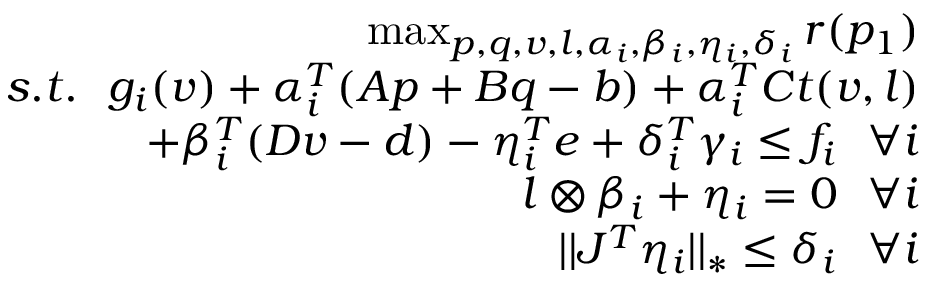
\begin{array} { r } { \operatorname* { m a x } _ { p , q , v , l , \alpha _ { i } , \beta _ { i } , \eta _ { i } , \delta _ { i } } { r ( p _ { 1 } ) } } \\ { s . t . ~ ~ g _ { i } ( v ) + \alpha _ { i } ^ { T } ( A p + B q - b ) + \alpha _ { i } ^ { T } C t ( v , l ) } \\ { + \beta _ { i } ^ { T } ( D v - d ) - \eta _ { i } ^ { T } e + \delta _ { i } ^ { T } \gamma _ { i } \le f _ { i } ~ ~ \forall i } \\ { l \otimes \beta _ { i } + \eta _ { i } = 0 ~ ~ \forall i } \\ { | | J ^ { T } \eta _ { i } | | _ { * } \le \delta _ { i } ~ ~ \forall i } \end{array}